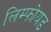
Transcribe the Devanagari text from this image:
लिम्फोयड